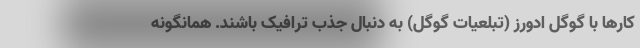
کارها با گوگل ادورز (تبلعیات گوگل) به دنبال جذب ترافیک باشند. همانگونه